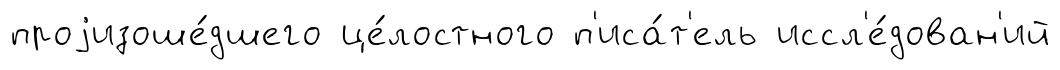
проjизоше́дшего це́лостного п'иса́т'ель иссл'е́дован'ий